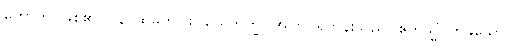
ဟောတိ၊ ဖြစ်၏။ ပန၊ ထိုမှတပါး။ ယေဘိက္ခု၊ အကြင်ရဟန်းသည်။ ဧကသ္မိံ၊ တခုသော။